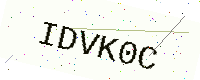
Text: IDVK0C